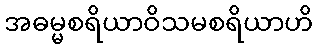
အဓမ္မစရိယာဝိသမစရိယာဟိ